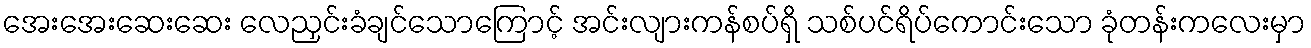
အေးအေးဆေးဆေး လေညှင်းခံချင်သောကြောင့် အင်းလျားကန်စပ်ရှိ သစ်ပင်ရိပ်ကောင်းသော ခုံတန်းကလေးမှာ